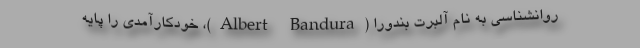
روانشناسی به نام آلبرت بندورا (Albert Bandura)، خودکارآمدی را پایه